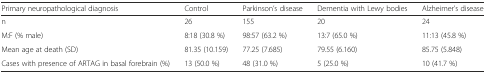
<table><thead><tr><td><b>Primary neuropathological diagnosis</b></td><td><b>Control</b></td><td><b>Parkinson’s disease</b></td><td><b>Dementia with Lewy bodies</b></td><td><b>Alzheimer’s disease</b></td></tr></thead><tbody><tr><td>n</td><td>26</td><td>155</td><td>20</td><td>24</td></tr><tr><td>M:F (% male)</td><td>8:18 (30.8 %)</td><td>98:57 (63.2 %)</td><td>13:7 (65.0 %)</td><td>11:13 (45.8 %)</td></tr><tr><td>Mean age at death (SD)</td><td>81.35 (10.159)</td><td>77.25 (7.685)</td><td>79.55 (6.160)</td><td>85.75 (5.848)</td></tr><tr><td>Cases with presence of ARTAG in basal forebrain (%)</td><td>13 (50.0 %)</td><td>48 (31.0 %)</td><td>5 (25.0 %)</td><td>10 (41.7 %)</td></tr></tbody></table>